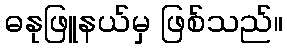
ဓနုဖြူနယ်မှ ဖြစ်သည်။